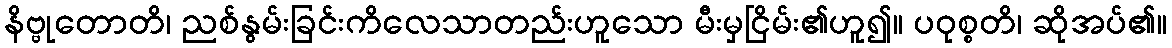
နိဗ္ဗုတောတိ၊ ညစ်နွမ်းခြင်းကိလေသာတည်းဟူသော မီးမှငြိမ်း၏ဟူ၍။ ပဝုစ္စတိ၊ ဆိုအပ်၏။